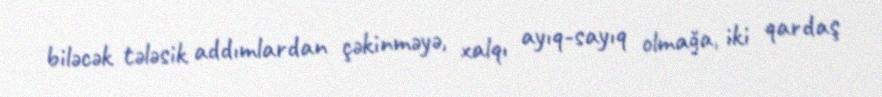
biləcək tələsik addımlardan çəkinməyə, xalqı ayıq-sayıq olmağa, iki qardaş